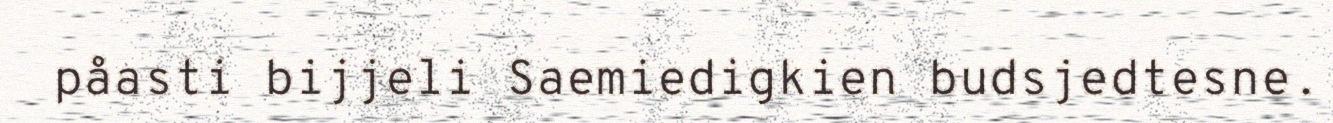
påasti bijjeli Saemiedigkien budsjedtesne.